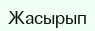
Жасырып